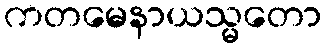
ကတမေနာယသ္မတော